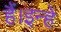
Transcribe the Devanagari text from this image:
हैं।इन्हे